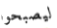
ليصبحوا